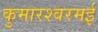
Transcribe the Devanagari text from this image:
कुमारश्‍वरमई